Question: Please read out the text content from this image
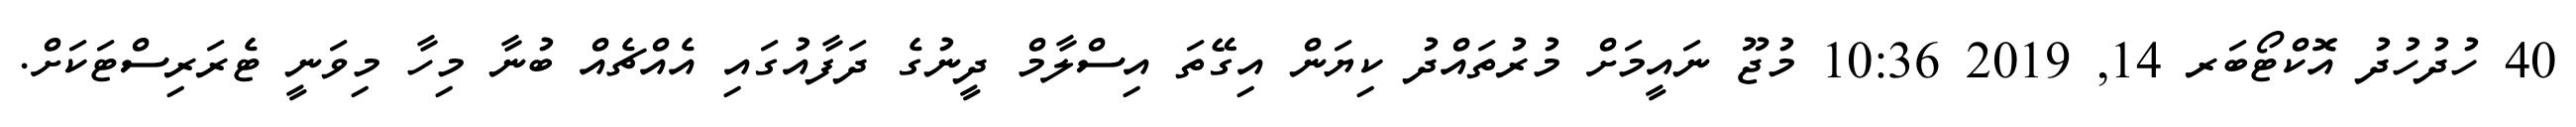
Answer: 40 ހުދުހުދު އޮކްޓޯބަރ 14, 2019 10:36 މުޖޫ ނައީމަށް މުރުތައްދު ކިޔަން އިގޭތަ އިސްލާމް ދީނުގެ ދަފާއުގައި އެއްޗެއް ބުނާ މިހާ މިވަނީ ޓެރަރިސްޓަކަށް.